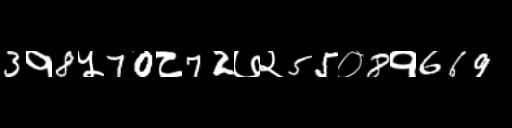
Text: 3१8५70८72७२55०8१669